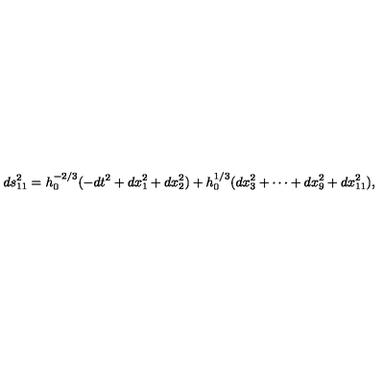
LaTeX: d s _ { 1 1 } ^ { 2 } = h _ { 0 } ^ { - 2 / 3 } ( - d t ^ { 2 } + d x _ { 1 } ^ { 2 } + d x _ { 2 } ^ { 2 } ) + h _ { 0 } ^ { 1 / 3 } ( d x _ { 3 } ^ { 2 } + \cdots + d x _ { 9 } ^ { 2 } + d x _ { 1 1 } ^ { 2 } ) ,